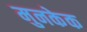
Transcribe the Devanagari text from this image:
मुनकेक